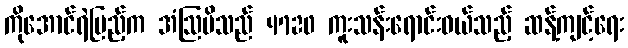
ကိုအောင်ရဲပြည့်က အံဩမိသည် 4720 ကူးသန်းရောင်းဝယ်သည့် ဆန့်ကျင့်ရေး